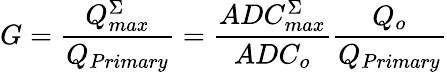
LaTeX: G=\frac{Q_{max}^{\Sigma}}{Q_{Primary}}=\frac{ADC_{max}^{\Sigma}}{ADC_{o}}\frac{Q_{o}}{Q_{Primary}}